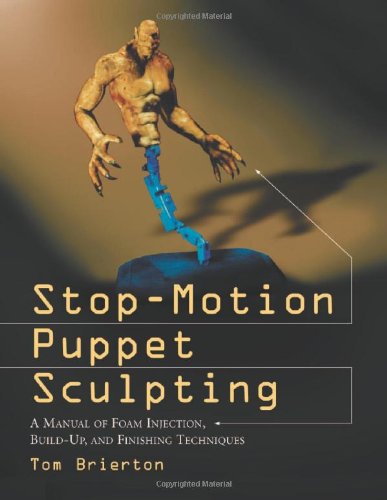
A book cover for Stop-Motion Puppet Sculpting: A Manual of Foam Injection, Build-Up, and Finishing Techniques; Tom Brierton; Crafts, Hobbies & Home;